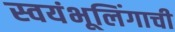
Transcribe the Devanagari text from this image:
स्वयंभूलिंगाची